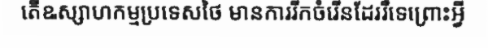
តើឩស្សាហកម្មប្រទេសថៃ មានការរីកចំរើនដែររឺទេព្រោះអ្វី